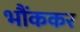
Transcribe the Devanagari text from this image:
भौंककर